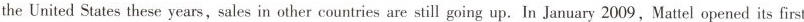
the United States these years, sales in other countries are still going up. In January 2009, Mattel opened its first